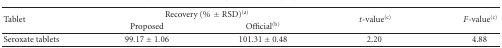
<table><thead><tr><td rowspan="2"><b> Tablet</b></td><td colspan="2"><b>Recovery(% ±RSD)<sup>(a)</sup></b></td><td rowspan="2"><b><i>t</i>-value<sup>(c)</sup></b></td><td rowspan="2"><b><i>F</i>-value<sup>(c)</sup></b></td></tr><tr><td><b>Proposed</b></td><td><b>Official<sup>(b)</sup></b></td></tr></thead><tbody><tr><td>Seroxate tablets</td><td>99.17 ± 1.06</td><td>101.31 ± 0.48</td><td>2.20</td><td>4.88</td></tr></tbody></table>